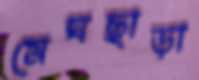
মেঘছাড়া